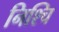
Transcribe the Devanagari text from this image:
निश्चि